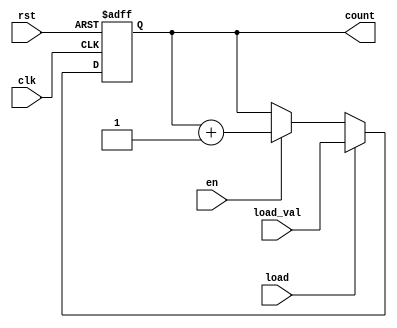
module sync_load_counter #(
    parameter WIDTH = 8 // Parameter to set the width of the counter
)(
    input wire clk,          // Clock signal
    input wire rst,          // Active high reset signal
    input wire load,         // Load signal
    input wire [WIDTH-1:0] load_val, // Value to load into the counter
    input wire en,           // Enable signal
    output reg [WIDTH-1:0] count // Current count value
);

    // Always block for synchronous behavior
    always @(posedge clk or posedge rst) begin
        if (rst) begin
            count <= 0; // Reset the counter to zero
        end else if (load) begin
            count <= load_val; // Load the new value
        end else if (en) begin
            count <= count + 1; // Increment the counter
        end
    end

endmodule